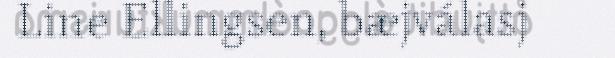
Line Ellingsen, bæjválasj